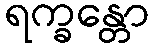
ရက္ခန္တော